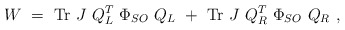
\begin{align*}W ~=~ {\rm Tr}~ J~ Q_L^T ~ \Phi_{SO} ~ Q_L~+ ~ {\rm Tr}~ J~Q_R^T~\Phi_{SO}~Q_R~,\end{align*}